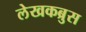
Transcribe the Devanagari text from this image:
लेखकब्रुस